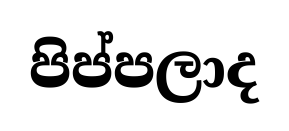
පිප්පලාද